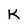
Character: K